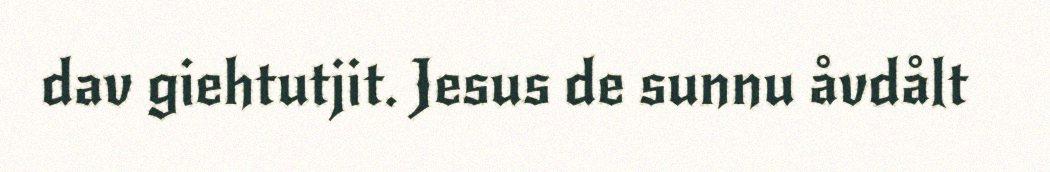
dav giehtutjit. Jesus de sunnu åvdålt